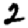
Digit: 2